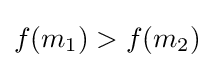
f(m_{1})>f(m_{2})